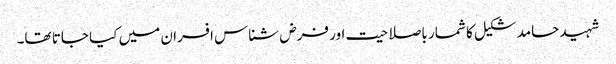
شہید حامد شکیل کا شمار باصلاحیت اور فرض شناس افسران میں کیا جاتا تھا۔